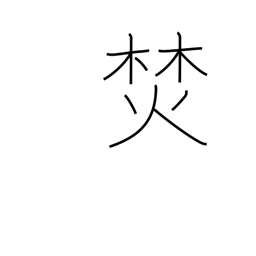
Meaning: build a fire